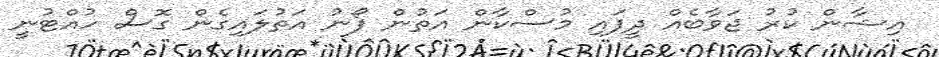
އިޝާން ކުރު ޖަވާބެއް ދީފައި މުސްކާން އަތުން ފޯނު އަތުލައިގެން ގޮސް ހުއްޓުނީ